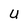
Character: u